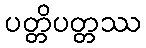
ပတ္တိပတ္တဿ